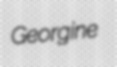
Georgine